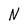
Character: N